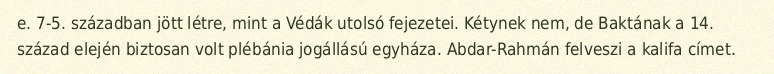
e. 7-5. században jött létre, mint a Védák utolsó fejezetei. Kétynek nem, de Baktának a 14. század elején biztosan volt plébánia jogállású egyháza. Abdar-Rahmán felveszi a kalifa címet.